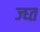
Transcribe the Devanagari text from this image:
ज्घ्त